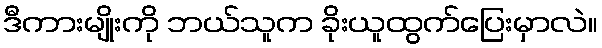
ဒီကားမျိုးကို ဘယ်သူက ခိုးယူထွက်ပြေးမှာလဲ။